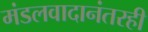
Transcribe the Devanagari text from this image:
मंडलवादानंतरही